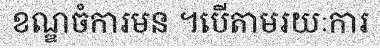
ខណ្ឌចំការមន ។បើតាមរយៈការ